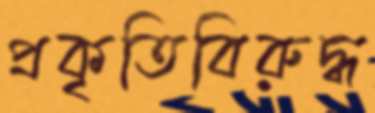
প্রকৃতিবিরুদ্ধ